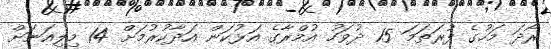
ރޯދަ މަހުގެ ފުރަތަމަ 15 ދުވަހު އުމްރާގެ އަޅުކަން އަދާކުރުމަށް 14 މިލިއަނަށް